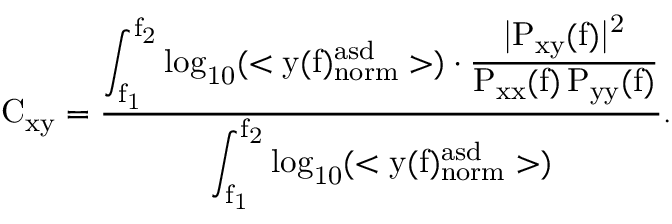
\mathrm { C _ { x y } = \frac { \displaystyle \int _ { f _ { 1 } } ^ { f _ { 2 } } \log _ { 1 0 } ( < y ( f ) _ { n o r m } ^ { a s d } > ) \cdot \frac { | P _ { x y } ( f ) | ^ { 2 } } { P _ { x x } ( f ) \, P _ { y y } ( f ) } } { \displaystyle \int _ { f _ { 1 } } ^ { f _ { 2 } } \log _ { 1 0 } ( < y ( f ) _ { n o r m } ^ { a s d } > ) } . }